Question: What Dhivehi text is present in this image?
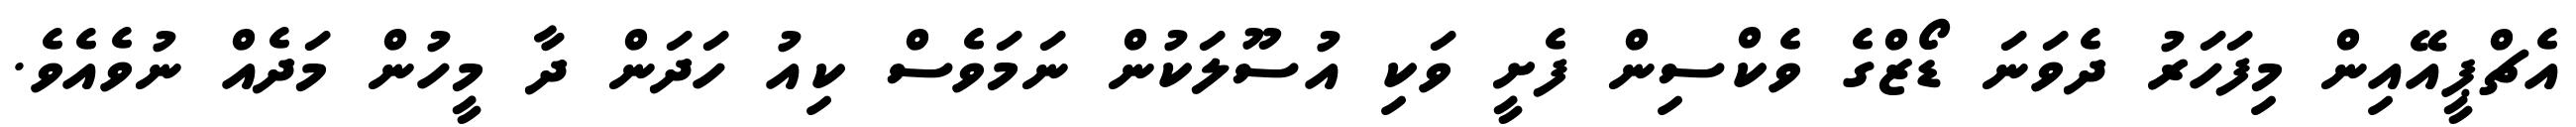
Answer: އެޗްޕީއޭއިން މިފަހަރު ދެވަނަ ޑޯޒްގެ ވެކްސިން ފެށީ ވަކި އުސޫލަކުން ނަމަވެސް ކިއު ހަދަން ދާ މީހުން މަދެއް ނުވެއެވެ.